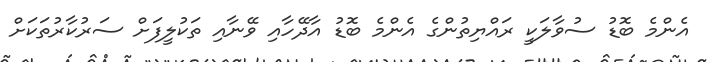
އެންމެ ބޮޑު ސުވާލަކީ ރައްޔިތުންގެ އެންމެ ބޮޑު އާދޭހާއި ވޭނާއި ތަކުލީފަށް ސަރުކާރުތަކަށް